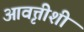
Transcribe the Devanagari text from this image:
आवृत्तीशी